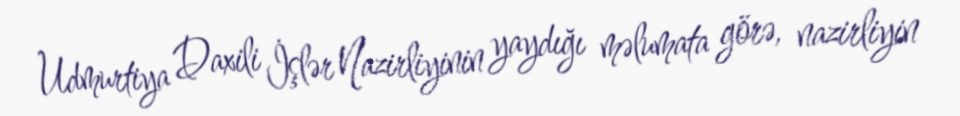
Udmurtiya Daxili İşlər Nazirliyinin yaydığı məlumata görə, nazirliyin